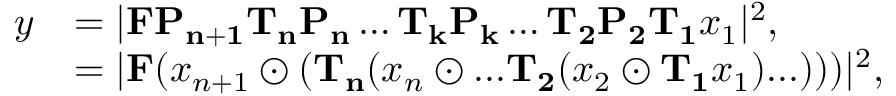
\begin{array} { r l } { y } & { = | \mathbf { F } \mathbf { P _ { n + 1 } } \mathbf { T _ { n } } \mathbf { P _ { n } } \dots \mathbf { T _ { k } } \mathbf { P _ { k } } \dots \mathbf { T _ { 2 } } \mathbf { P _ { 2 } } \mathbf { T _ { 1 } } x _ { 1 } | ^ { 2 } , } \\ & { = | \mathbf { F } ( x _ { n + 1 } \odot ( \mathbf { T _ { n } } ( x _ { n } \odot . . . \mathbf { T _ { 2 } } ( x _ { 2 } \odot \mathbf { T _ { 1 } } x _ { 1 } ) . . . ) ) ) | ^ { 2 } , } \end{array}